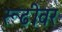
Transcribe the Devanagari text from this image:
रूढीवर